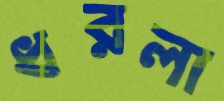
ধরলা